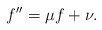
\begin{align*}f^{\prime \prime}=\mu f+\nu.\end{align*}